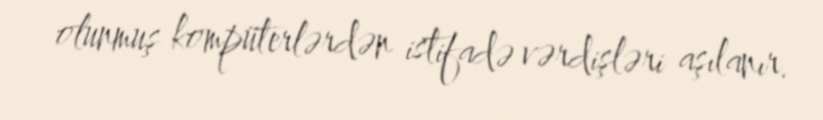
olunmuş kompüterlərdən istifadə vərdişləri aşılanır.